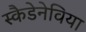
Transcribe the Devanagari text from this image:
स्कैडेनेविया